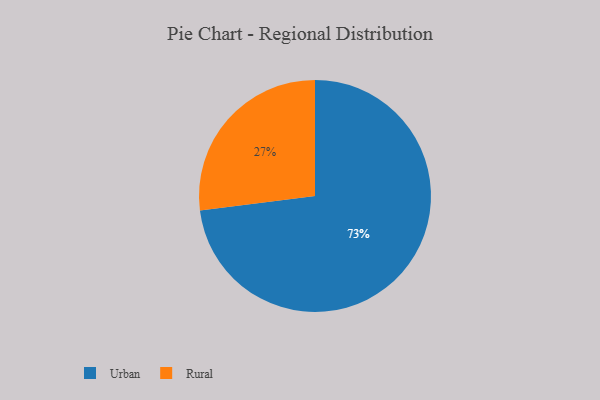
{"axis": {"x": "Category", "y": "Percentage"}, "legend": ["Rural", "Urban"], "data": [{"x": "Urban", "y": 73, "type": "Urban"}, {"x": "Rural", "y": 27, "type": "Rural"}]}